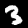
Label: 3